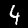
Label: 4